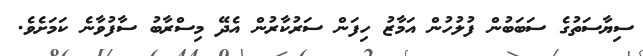
ސިޔާސަތުގެ ސަބަބުން ފުލުހުން އަމާޒު ހިފަން ސަރުކާރުން އެދޭ މިސްރާބު ސާފުވާނެ ކަމަށެވެ.